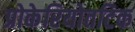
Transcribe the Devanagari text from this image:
प्रोकेरियोतटिक